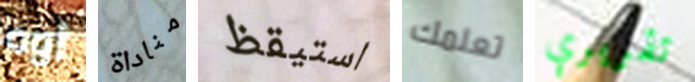
أوه مناداة استيقظ تعلمك تقريري